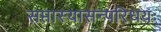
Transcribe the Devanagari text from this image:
सप्तास्यासन्परिधयः